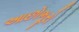
આછોભૂરો